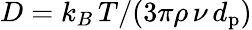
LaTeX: D=k_{B}\, T/(3\pi\rho\, \nu\, d_{\mathrm{p}})